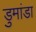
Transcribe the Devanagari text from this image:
डुमांडा